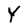
Character: Y